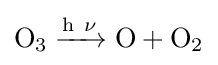
{\mathrm {O} {\vphantom {A}}_{\smash[{t}]{3}}{}\mathrel {\xrightarrow {\mathrm {h} ~\mathrm {\nu } } } {}\mathrm {O} {}+{}\mathrm {O} {\vphantom {A}}_{\smash[{t}]{2}}}